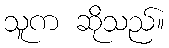
သူက ဆိုသည်။